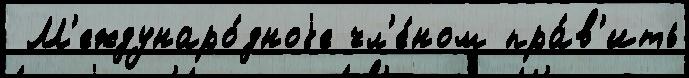
 М'еждунаро́дноjе чл'е́ном пра́в'ить